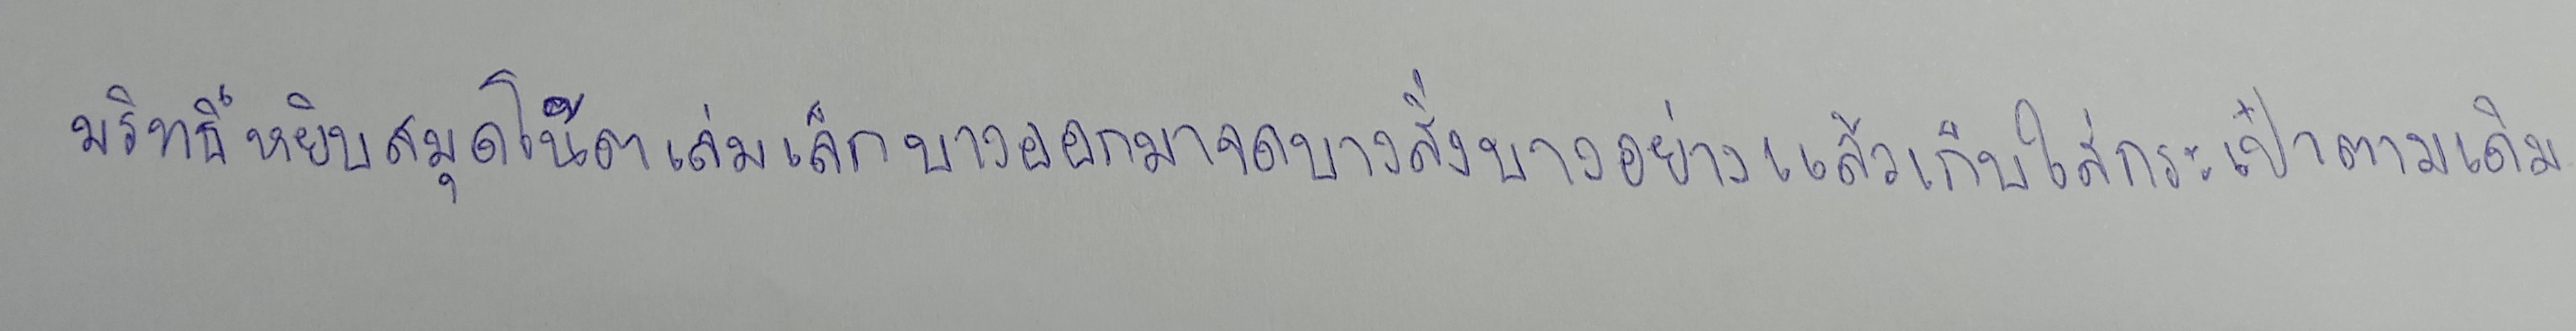
มริทธิ์หยิบสมุดโน้ตเล่มเล็กบางออกมาจดบางสิ่งบางอย่างแล้วเก็บใส่กระเป๋าตามเดิม